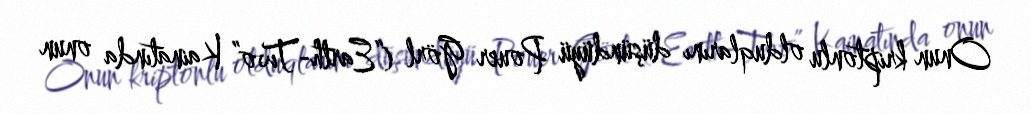
Onun kriptonlu olduqlarını düşündüyü Pouer Görl (“Earth-Two” Kainatında onun